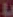
L